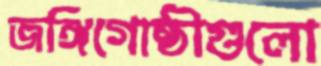
জঙ্গিগোষ্ঠীগুলো